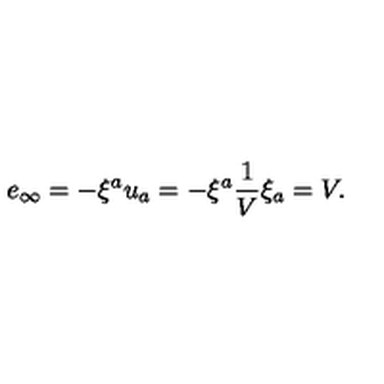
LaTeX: e _ { \infty } = - \xi ^ { a } u _ { a } = - \xi ^ { a } { \frac { 1 } { V } } \xi _ { a } = V .